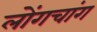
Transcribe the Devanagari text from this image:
लोंगचांग